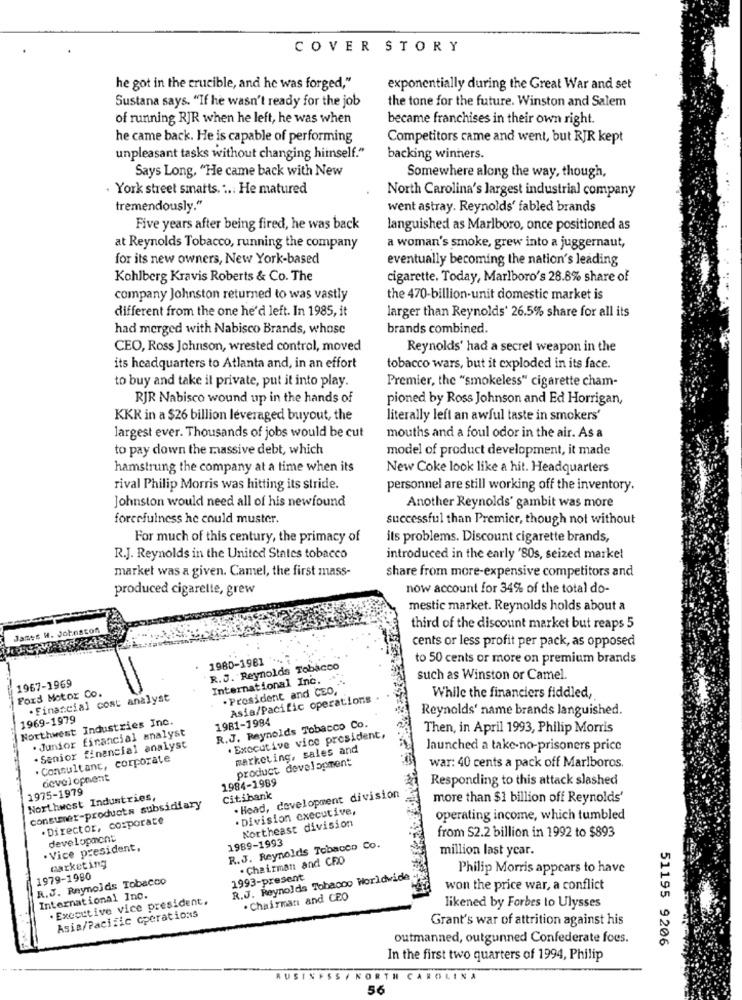
COVER STORY
he got in the crucible, and he was forged,"
exponentially during the Great War and set
the tone for the future. Winston and Salem
Sustana says. "If he wasn't ready for the job
of running RJR when he left, he was when
became franchises in their own right.
he came back. He is capable of performing
Competitors came and went, but RJR kept
unpleasant tasks without changing hiinself."
backing winners.
Says Long, "He came back with New
Somewhere along the way, though,
. York street smarts. ... He matured
North Carolina's largest industrial company
tremendously."
went astray. Reynolds' fabled brands
Five years after being fired, he was back
languished as Marlboro, once positioned as
at Reynolds Tobacco, running the company
a woman's smoke, grew into a juggernaut,
for its new owners, New York-based
eventually becoming the nation's leading
Kohlberg Kravis Roberts & Co. The
cigarette. Today, Marlboro's 28.8% share of
company Johnston returned to was vastly
the 470-billion-unit domestic market is
different from the one he'd left. In 1985, it
larger than Reynolds' 26.5% share for all its
had merged with Nabisco Brands, whose
brands combined.
CEO, Ross Johnson, wrested control, moved
Reynolds' had a secret weapon in the
its headquarters to Atlanta and, in an effort
tobacco wars, but it exploded in its face.
Premier, the "smokeless" cigarette cham-
to buy and take it private, put it into play.
RJR Nabisco wound up in the hands of
pioned by Ross Johnson and Ed Horrigan,
KKR in a $26 billion leveraged buyout, the
literally left an awful taste in smokers'
largest ever. Thousands of jobs would be cut
mouths and a foul odor in the air. As a
to pay down the massive debt, which
model of product development, it made
hamstrung the company at a time when its
New Coke look like a hit. Headquarters
rival Philip Morris was hitting its stride.
personnel are still working off the inventory.
Johnston would need all of his newfound
Another Reynolds' gambit was more
forcefulness he could muster.
successful than Premier, though not without
For much of this century, the primacy of
its problems. Discount cigarette brands,
R.J. Reynolds in the United States tobacco
introduced in the early '80s, seized market
market was a given. Camel, the first mass-
share from more-expensive competitors and
produced cigarette, grew
now account for 34% of the total do-
mestic market. Reynolds holds about a
third of the discount market but reaps 5
cents or less profit per pack, as opposed
1980-1981
to 50 cents or more on premium brands
R.J. Reynolds Tobacco
1967-1969
International Inc. *
such as Winston or Camel.
Ford Motor Co.
President and CEO,"
. Financial cost analyst
Asia/Pacific operations
While the financiers fiddled,
Reynolds' name brands languished.
1969-1979
Northwest Industries Inc.
1981-1984
. Junior financial analyst
R.J. Reynolds Tobacco Co.
Then, in April 1993, Philip Morris
. Executive vice president,
. Senior financial analyst
marketing, sales and
launched a take-no-prisoners price
. Consultant, corporate
product development
war: 40 cents a pack off Marlboros.
development
1984-1989
Responding to this attack slashed
1975-1979
. Head, development division
Northwest Industries,
Citibank
more than $1 billion off Reynolds'
consumer-products subsidiary
. Division executive,
. Director, corporate
Northeast division
operating income, which tumbled
from S2.2 billion in 1992 to $893
developmont
1989-1993
Vice president.
R.J. Reynolds Tobacco Co.
million last year.
marketing
. Chairman and CRO
Philip Morris appears to have
1979-1980
R.J. Reynolds Tobacco
1993-present
R.J. Reynolds Tobacco Worldwide
won the price war, a conflict
International Inc.
. Excettive vice president,
. Chairman and CEO
likened by Forbes to Ulysses
Asia/Pacific operations
Grant's war of attrition against his
outmanned, outgunned Confederate foes.
51195 9206
In the first two quarters of 1994, Philip
AUSINFSS / NORTH CAROLINA
56